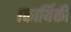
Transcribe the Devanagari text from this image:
।कार्यिकी